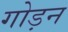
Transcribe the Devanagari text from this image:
गोड़न